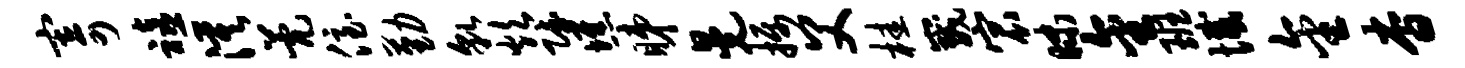
寄禧漠甍侄勤貌炊赋憔睇晃摄父桂崴宸昧金班憾金杳